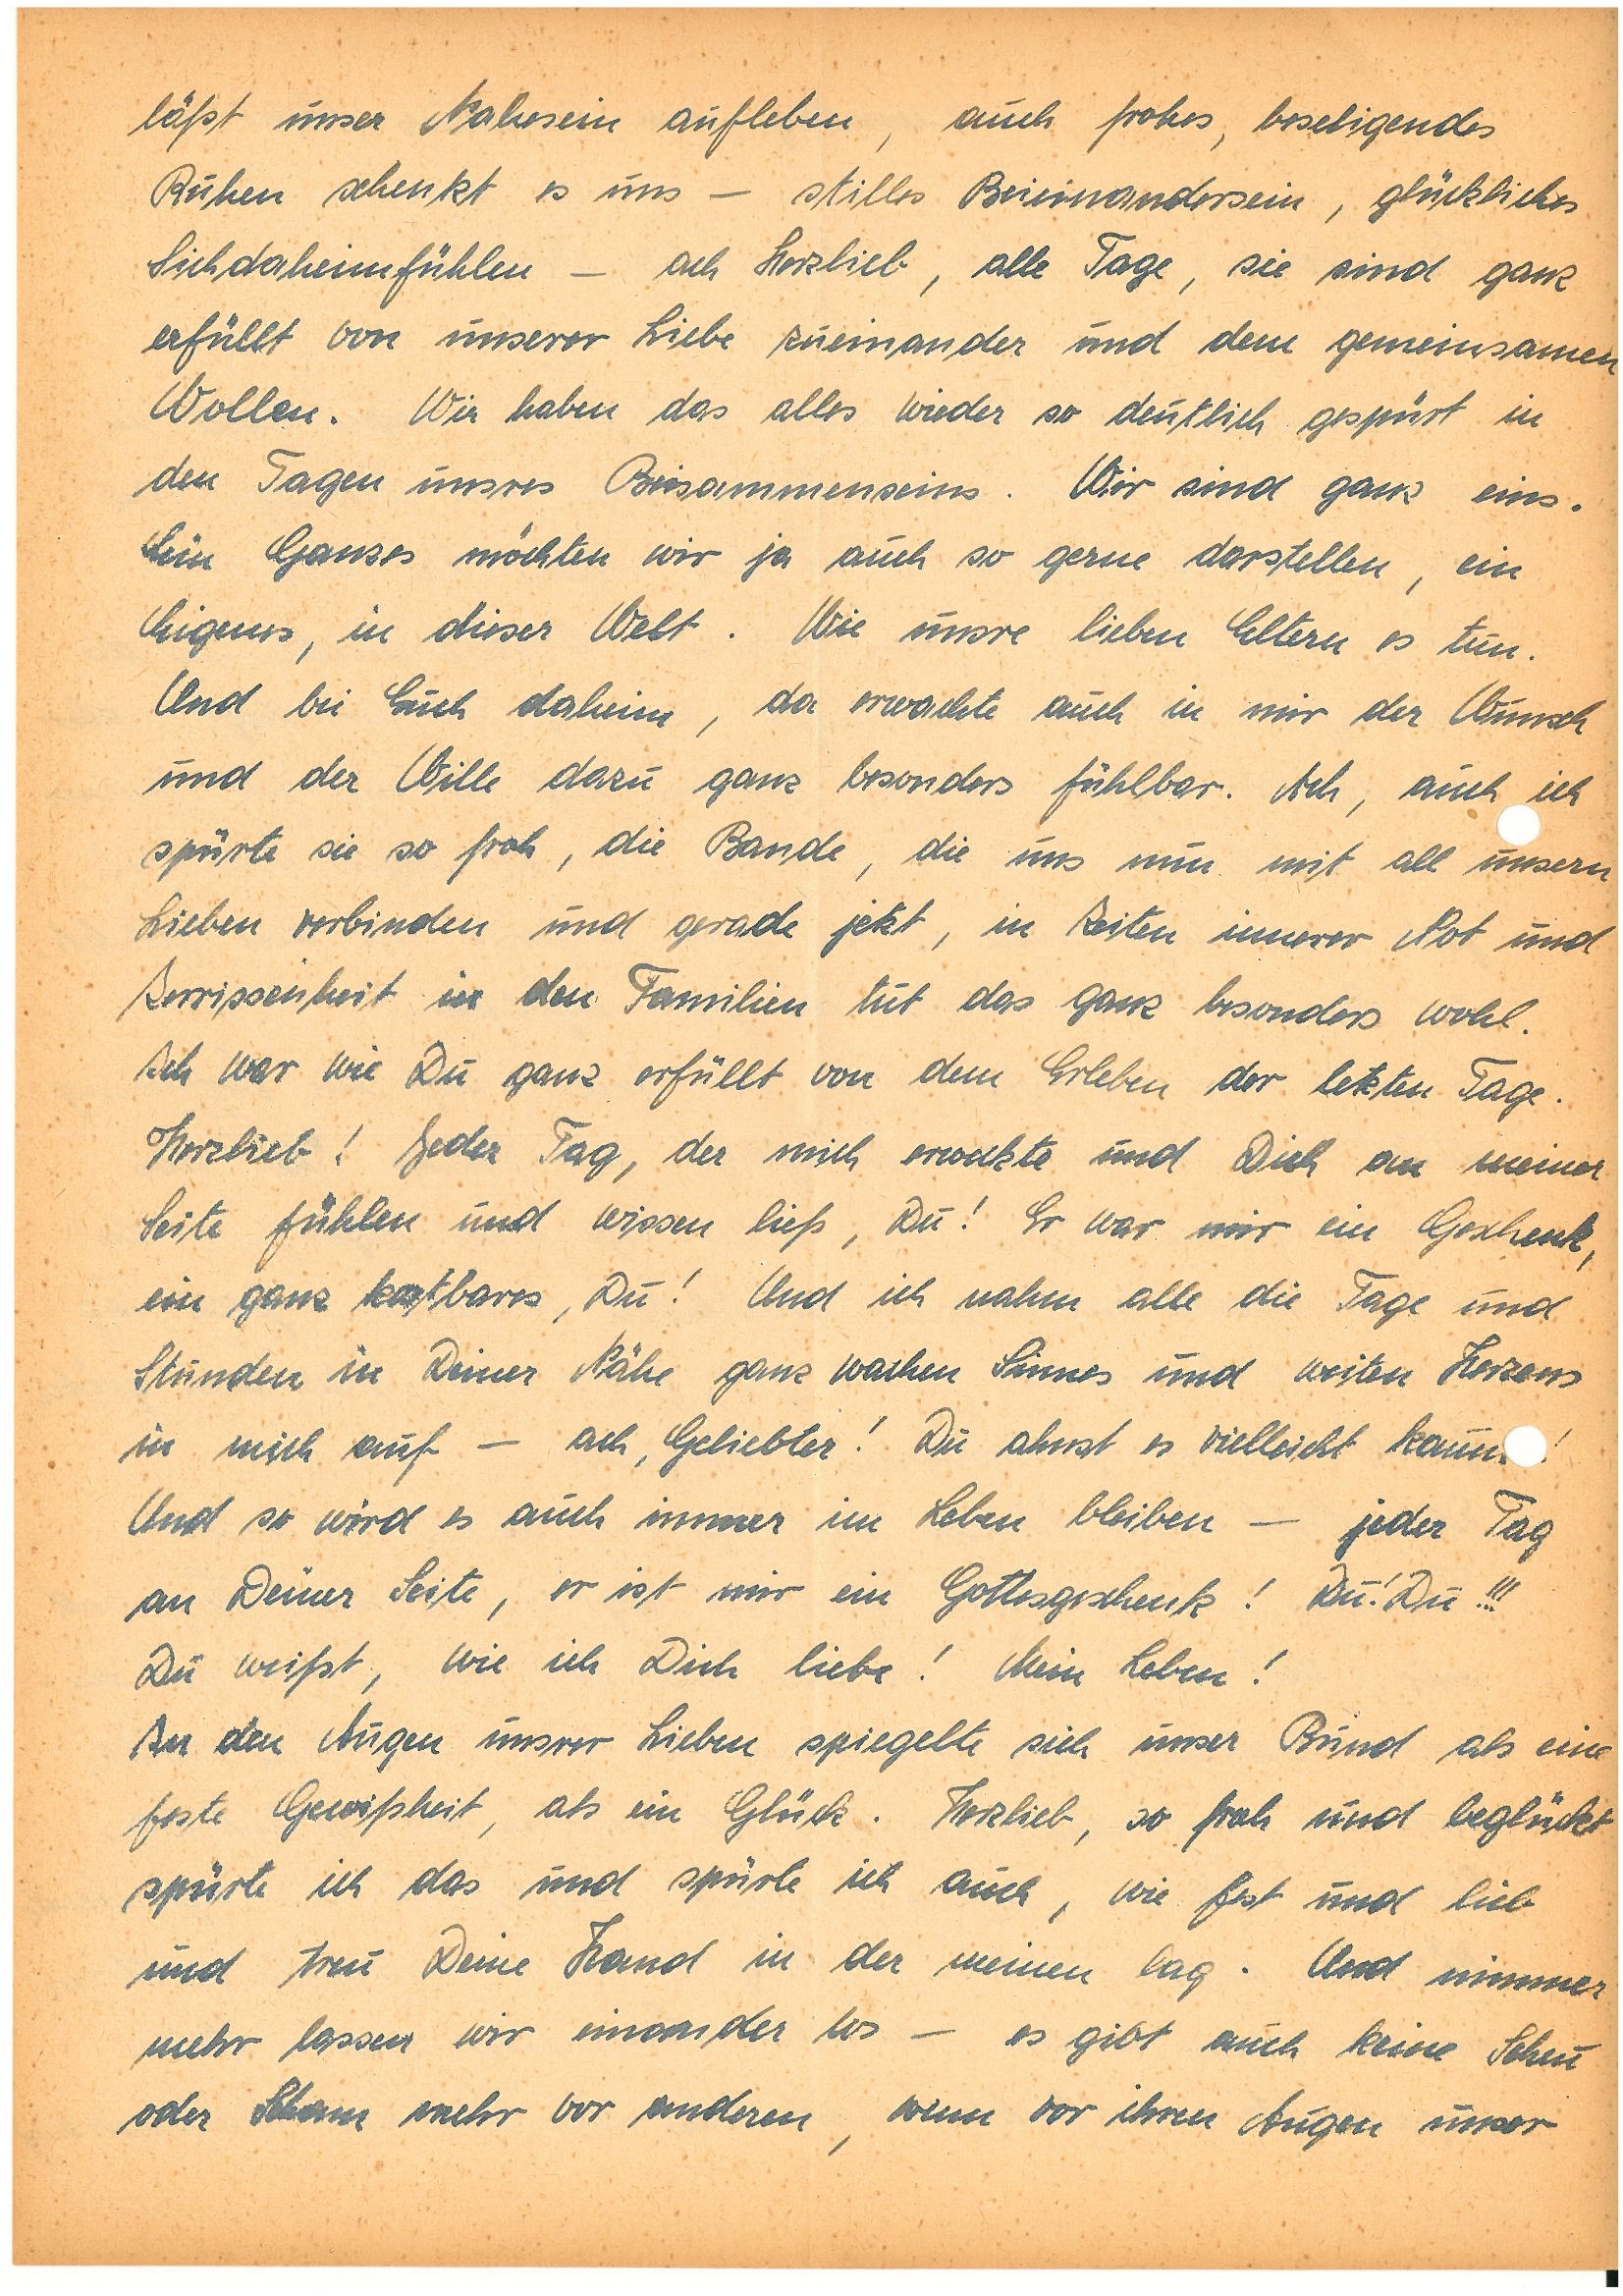
läßt unser Nahsein aufleben, auch frohes, beseligendes
Ruhen schenkt es uns – stilles Beieinandersein, glückliches
Sichdaheimfühlen – ach Herzlieb, alle Tage, sie sind ganz
erfüllt von unserer Liebe zueinander und dem gemeinsamen
Wollen. Wir haben das alles wieder so deutlich gespürt in
den Tagen unsres Beisammenseins. Wir sind ganz eins.
Ein Ganzes möchten wir ja auch so gerne darstellen, ein
Eigenes, in dieser Welt. Wie unsre lieben Eltern es tun.
Und bei Euch daheim, da erwachte auch in mir der Wunsch
und der Wille dazu ganz besonders fühlbar. Ach, auch ich
spürte sie so froh, die Bande, die uns nun mit all unsern
Lieben verbinden und gerade jetzt, in Zeiten innerer Not und
Zerrissenheit in den Familien tut das ganz besonders wohl.
Ich war wie Du ganz erfüllt von dem Erleben der letzten Tage.
Herzlieb! Jeder Tag, der mich erweckte und Dich an meiner
Seite fühlen und wissen ließ, Du! Er war mir ein Geschenk,
ein ganz kostbares, Du! Und ich nahm alle die Tage und
Stunden in Deiner Nähe ganz wachen Sinnes und weiten Herzens
in mich auf – ach, Geliebter! Du ahnst es vielleicht kau!
Und so wird es auch immer im Leben bleiben – jeder Tag
an Deiner Seite, er ist mir ein Gottesgeschenk! Du! Du!!!
Du weißt, wie ich Dich liebe! Mein Leben!
In den Augen unsrer Lieben spiegelte sich unser Bund als eine
feste Gewißheit, als ein Glück. Herzlieb, so froh und beglückt
spürte ich das und spürte ich auch, wie fest und lieb
und treu Deine Hand in der meinen lag. Und nimmer
mehr lassen wir einander los – es gibt auch keine Scheu
oder Scham mehr vor anderen, wenn vor ihren Augen unser